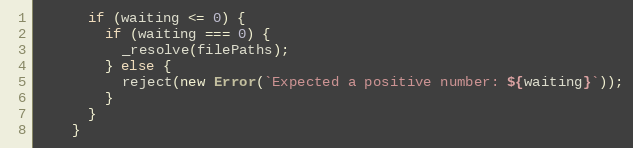
Language: JavaScript
      if (waiting <= 0) {
        if (waiting === 0) {
          _resolve(filePaths);
        } else {
          reject(new Error(`Expected a positive number: ${waiting}`));
        }
      }
    }